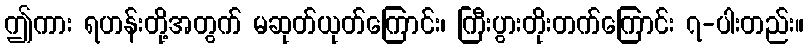
ဤကား ရဟန်းတို့အတွက် မဆုတ်ယုတ်ကြောင်း၊ ကြီးပွားတိုးတက်ကြောင်း ၇-ပါးတည်း။